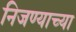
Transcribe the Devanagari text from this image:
निजण्याच्या